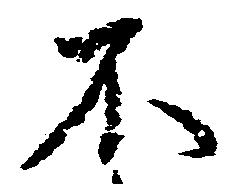
不